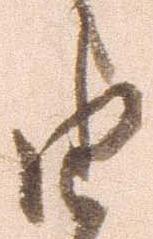
由